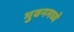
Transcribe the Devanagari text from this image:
भुवनमध्ये